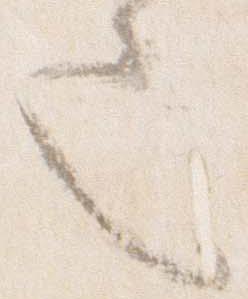
也